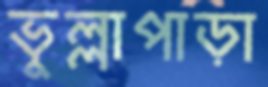
ভুল্লাপাড়া